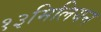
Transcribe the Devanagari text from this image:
१३मिलियन